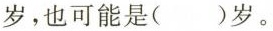
岁，也可能是()岁。